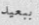
ببعيد